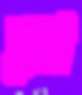
চুন্না